Vaccine operations Central Provinces 1868-1885 - 1868-1885
Year: 1868
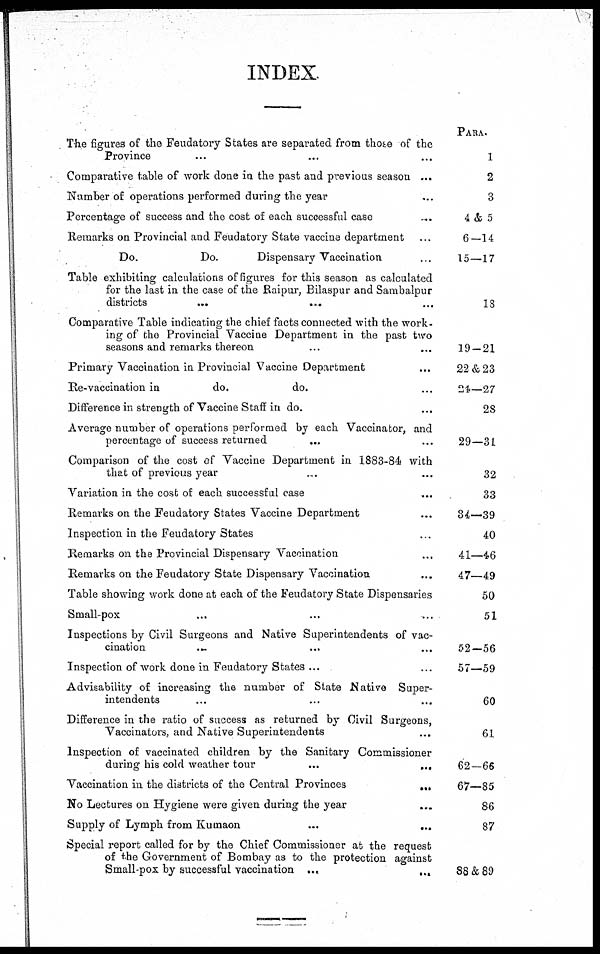
INDEX.
The figures of the Feudatory States are separated from those of the
Province ... ... ...
Comparative table of work done in the past and previous season ...
Number of operations performed during the year ...
Percentage of success and the cost of each successful case ...
Remarks on Provincial and Feudatory State vaccine department ...
Do.
Do.
Dispensary Vaccination ...
Table exhibiting calculations of figures for this season as calculated
for the last in the case of the Raipur, Bilaspur and Sambalpur
districts ... ... ...
Comparative Table indicating the chief facts connected with the work-
ing of the Provincial Vaccine Department in the past two
seasons and remarks thereon ... ... ...
Primary Vaccination in Provincial Vaccine Department ... ...
Re-vaccination in
do.
do. ...
Difference in strength of Vaccine Staff in do. ... ...
Average number of operations performed by each Vaccinator, and
percentage of success returned ... ...
Comparison of the cost of Vaccine Department in 1883-84 with
that of previous year ... ... ...
Variation in the cost of each successful case ... ...
Remarks on the Feudatory States Vaccine Department ... ...
Inspection in the Feudatory States ...
Remarks on the Provincial Dispensary Vaccination ...
Remarks on the Feudatory State Dispensary Vaccination ...
Table showing work done at each of the Feudatory State Dispensaries
Small-pox ... ... ...
Inspections by Civil Surgeons and Native Superintendents of vac-
cination ... ... ...
Inspection of work done in Feudatory States ... ... ...
Advisability of increasing the number of State Native Super-
intendents ... ...
Difference in the ratio of success as returned by Civil Surgeons,
Vaccinators, and Native Superintendents ... ...
Inspection of vaccinated children by the Sanitary Commissioner
during his cold weather tour
...
...
...
Vaccination in the districts of the Central Provinces
...
...
No Lectures on Hygiene were given during the year ... ...
Supply of Lymph from Kumaon ... ... ...
Special report called for by the Chief Commissioner at the request
of the Government of Bombay as to the protection against
Small-pox by successful vaccination
...
...
PARA.
1
2
3
4& 5
6—14
15—17
18
19—21
22&23
24—27
28
29—31
32
33
34—39
40
41—46
47—49
50
51
52—56
57—59
60
61
62—66
67—85
86
87
88&89